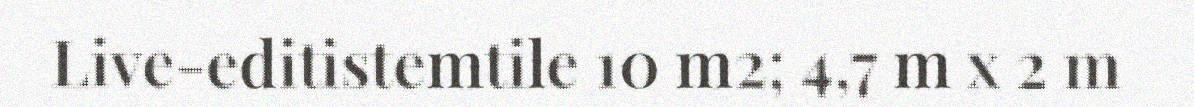
Live-editistemtile 10 m2; 4,7 m x 2 m